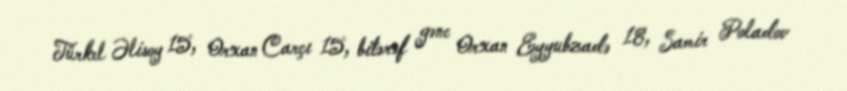
Türkel Əlisoy 15, Orxan Carçı 15, bitərəf gənc Orxan Eyyubzadə 18, Samir Poladov